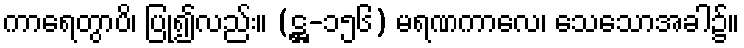
ကာရေတွာပိ၊ ပြု၍လည်း။ (ဋ္ဌ-၁၅၆) မရဏကာလေ၊ သေသောအခါ၌။